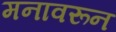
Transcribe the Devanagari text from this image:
मनावरून